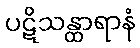
ပဋိသန္ထာရာနံ